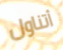
أتناول